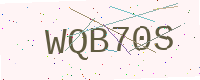
Text: WQB70S